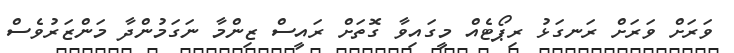
ވަރަށް ވަރަށް ރަނގަޅު ރިޕޯޓެއް މީގައިވާ ގޮތަށް ރައީސް ޒިންމާ ނަގަމުންދާ މަންޒަރުވެސް